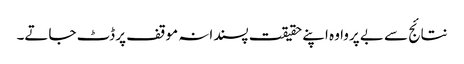
نتائج سے بے پروا وہ اپنے حقیقت پسندانہ موقف پر ڈٹ جاتے۔